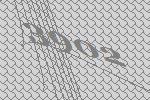
3902